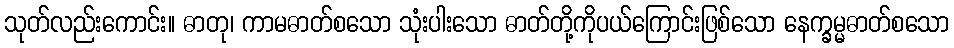
သုတ်လည်းကောင်း။ ဓာတု၊ ကာမဓာတ်စသော သုံးပါးသော ဓာတ်တို့ကိုပယ်ကြောင်းဖြစ်သော နေက္ခမ္မဓာတ်စသော